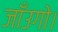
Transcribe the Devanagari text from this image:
जाँउगो।